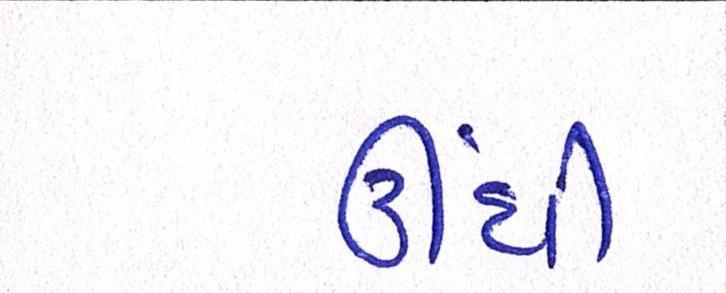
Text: ઊંધી